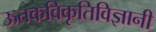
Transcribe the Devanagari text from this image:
ऊतकविकृतिविज्ञानी